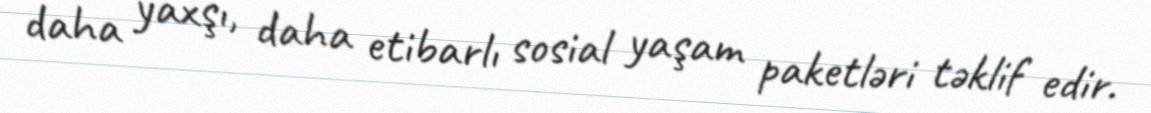
daha yaxşı, daha etibarlı sosial yaşam paketləri təklif edir.